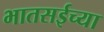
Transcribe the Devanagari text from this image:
भातसईच्या